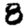
Digit: 8